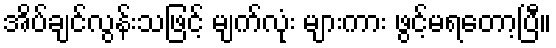
အိပ်ချင်လွန်းသဖြင့် မျက်လုံး များကား ဖွင့်မရတော့ပြီ။